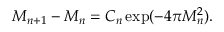
M _ { n + 1 } - M _ { n } = C _ { n } \exp ( - 4 \pi M _ { n } ^ { 2 } ) .